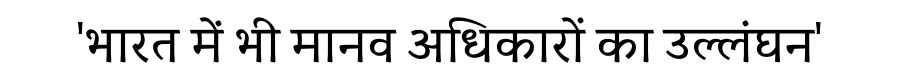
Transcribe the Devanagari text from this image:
'भारत में भी मानव अधिकारों का उल्लंघन'